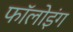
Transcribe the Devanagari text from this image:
फाॅलोइंग